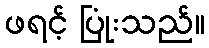
ဖရင့် ပြုံးသည်။